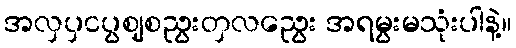
အလှပှငပွဈစညွးတှလညွေး အရမွးမသုံးပါနဲ့။